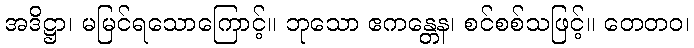
အဒိဋ္ဌာ၊ မမြင်ရသောကြောင့်။ ဘုသော ဧကန္တေန၊ စင်စစ်သဖြင့်။ တေတဝ၊